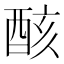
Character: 𨠳